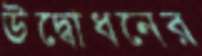
উদ্বোধনের